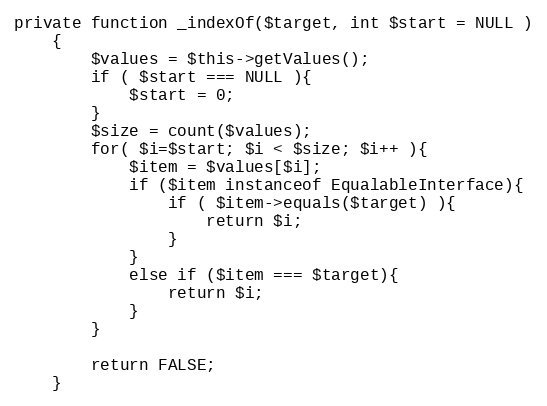
Language: PHP
private function _indexOf($target, int $start = NULL )
    {
        $values = $this->getValues();
        if ( $start === NULL ){
            $start = 0;
        }
        $size = count($values);
        for( $i=$start; $i < $size; $i++ ){
            $item = $values[$i];
            if ($item instanceof EqualableInterface){
                if ( $item->equals($target) ){
                    return $i;
                }
            }
            else if ($item === $target){
                return $i;
            }
        }

        return FALSE;
    }